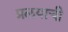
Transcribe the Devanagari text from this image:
प्रलयाची